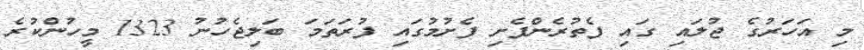
މި އަހަރުގެ ޖުލައި ގައި ފެތުރެންފެށި ފެށުމުގައި ފުރަތަމަ ބަލިޖެހުނު 1323 މީހުންކުރެ